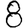
Digit: 8